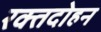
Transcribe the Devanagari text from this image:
रक्तदोहन